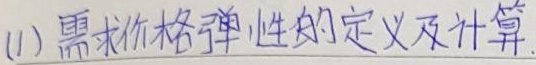
(1)需求价格弹性的定义及计算.